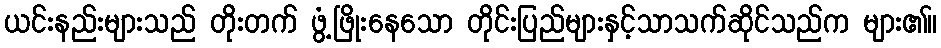
ယင်းနည်းများသည် တိုးတက် ဖွံ့ဖြိုးနေသော တိုင်းပြည်များနှင့်သာသက်ဆိုင်သည်က များ၏။